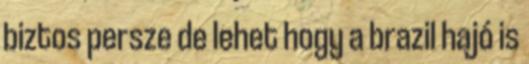
biztos persze de lehet hogy a brazil hajó is